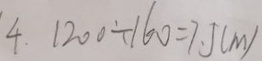
4 . 1 2 0 0 \div 1 6 0 = 7 . 5 ( m )